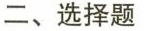
二、选择题